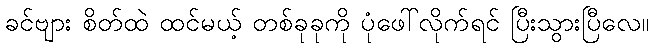
ခင်ဗျား စိတ်ထဲ ထင်မယ့် တစ်ခုခုကို ပုံဖေါ်လိုက်ရင် ပြီးသွားပြီလေ။